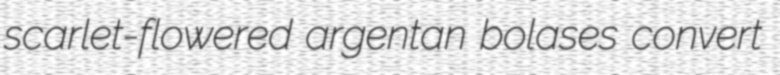
scarlet-flowered argentan bolases convert